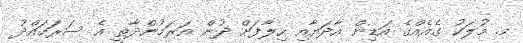
މ. މުލަކު ގެއެއްގެ އަޑިން އާދަޔާއި ހިލާފަށް ދުން އަރަމުންދާތީ އެ ސަރަހައްދު